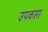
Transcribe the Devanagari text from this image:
उपकप्ता